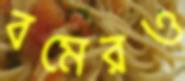
বমেরও